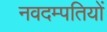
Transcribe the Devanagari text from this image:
नवदम्पतियों